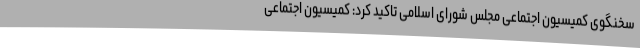
سخنگوی کمیسیون اجتماعی مجلس شورای اسلامی تاکید کرد: کمیسیون اجتماعی